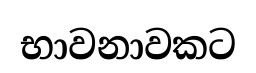
භාවනාවකට